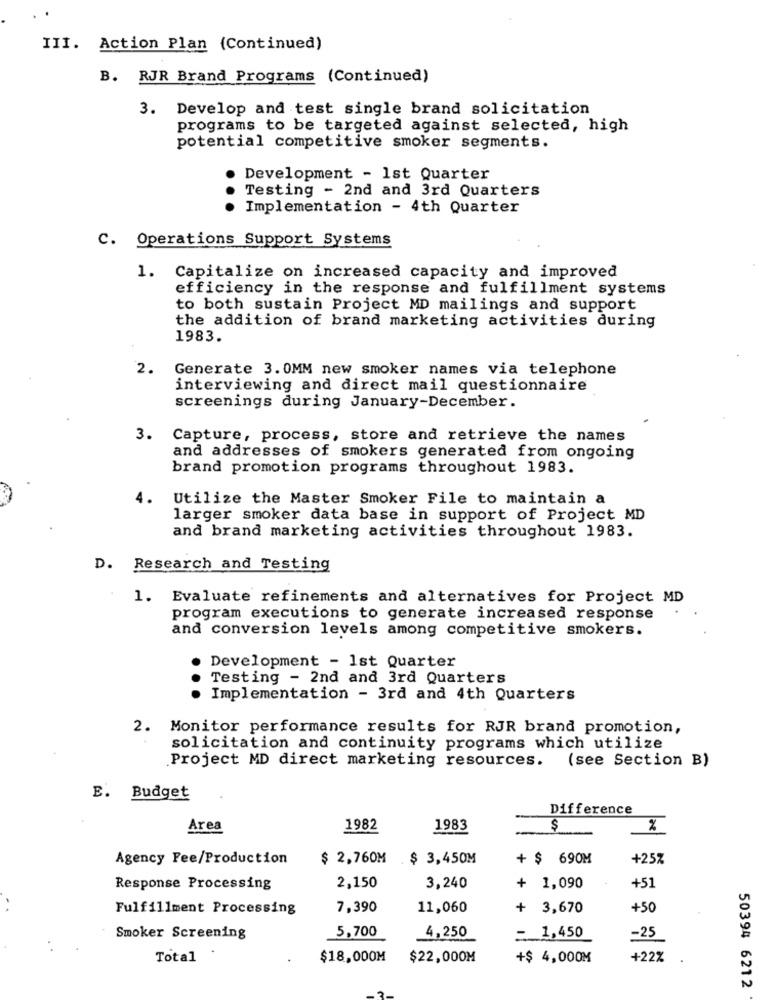
III. Action Plan (Continued)
B. RJR Brand Programs (Continued)
3. Develop and test single brand solicitation
programs to be targeted against selected, high
potential competitive smoker segments.
Development - 1st Quarter
Testing - 2nd and 3rd Quarters
Implementation - 4th Quarter
C. Operations Support Systems
1. Capitalize on increased capacity and improved
efficiency in the response and fulfillment systems
to both sustain Project MD mailings and support
the addition of brand marketing activities during
1983.
2.
Generate 3. 0MM new smoker names via telephone
interviewing and direct mail questionnaire
screenings during January-December.
3.
Capture, process, store and retrieve the names
and addresses of smokers generated from ongoing
brand promotion programs throughout 1983.
4.
Utilize the Master Smoker File to maintain a
larger smoker data base in support of Project MD
and brand marketing activities throughout 1983.
D. Research and Testing
1.
Evaluate refinements and alternatives for Project MD
program executions to generate increased response
and conversion levels among competitive smokers.
Development - 1st Quarter
Testing - 2nd and 3rd Quarters
Implementation - 3rd and 4th Quarters
2. Monitor performance results for RJR brand promotion,
solicitation and continuity programs which utilize
Project MD direct marketing resources. (see Section B)
E. Budget
Difference
Area
1982
1983
$
%
Agency Fee/Production
$ 2,760M $ 3,450M
+ $ 690M
+25%
Response Processing
2,150
3,240
1,090
+51
..
Fulfillment Processing
7,390
11,060
+
3,670
+50
5,700
4,250
= 1,450
Smoker Screening
-25
Total
$18.000M
$22,000M
+$ 4,000M
+22%
50394 6212